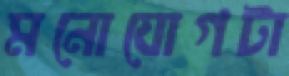
মনোযোগটা